38_143685_box_Incident_Summaries_173-233
Agency: Department of War
Page 105
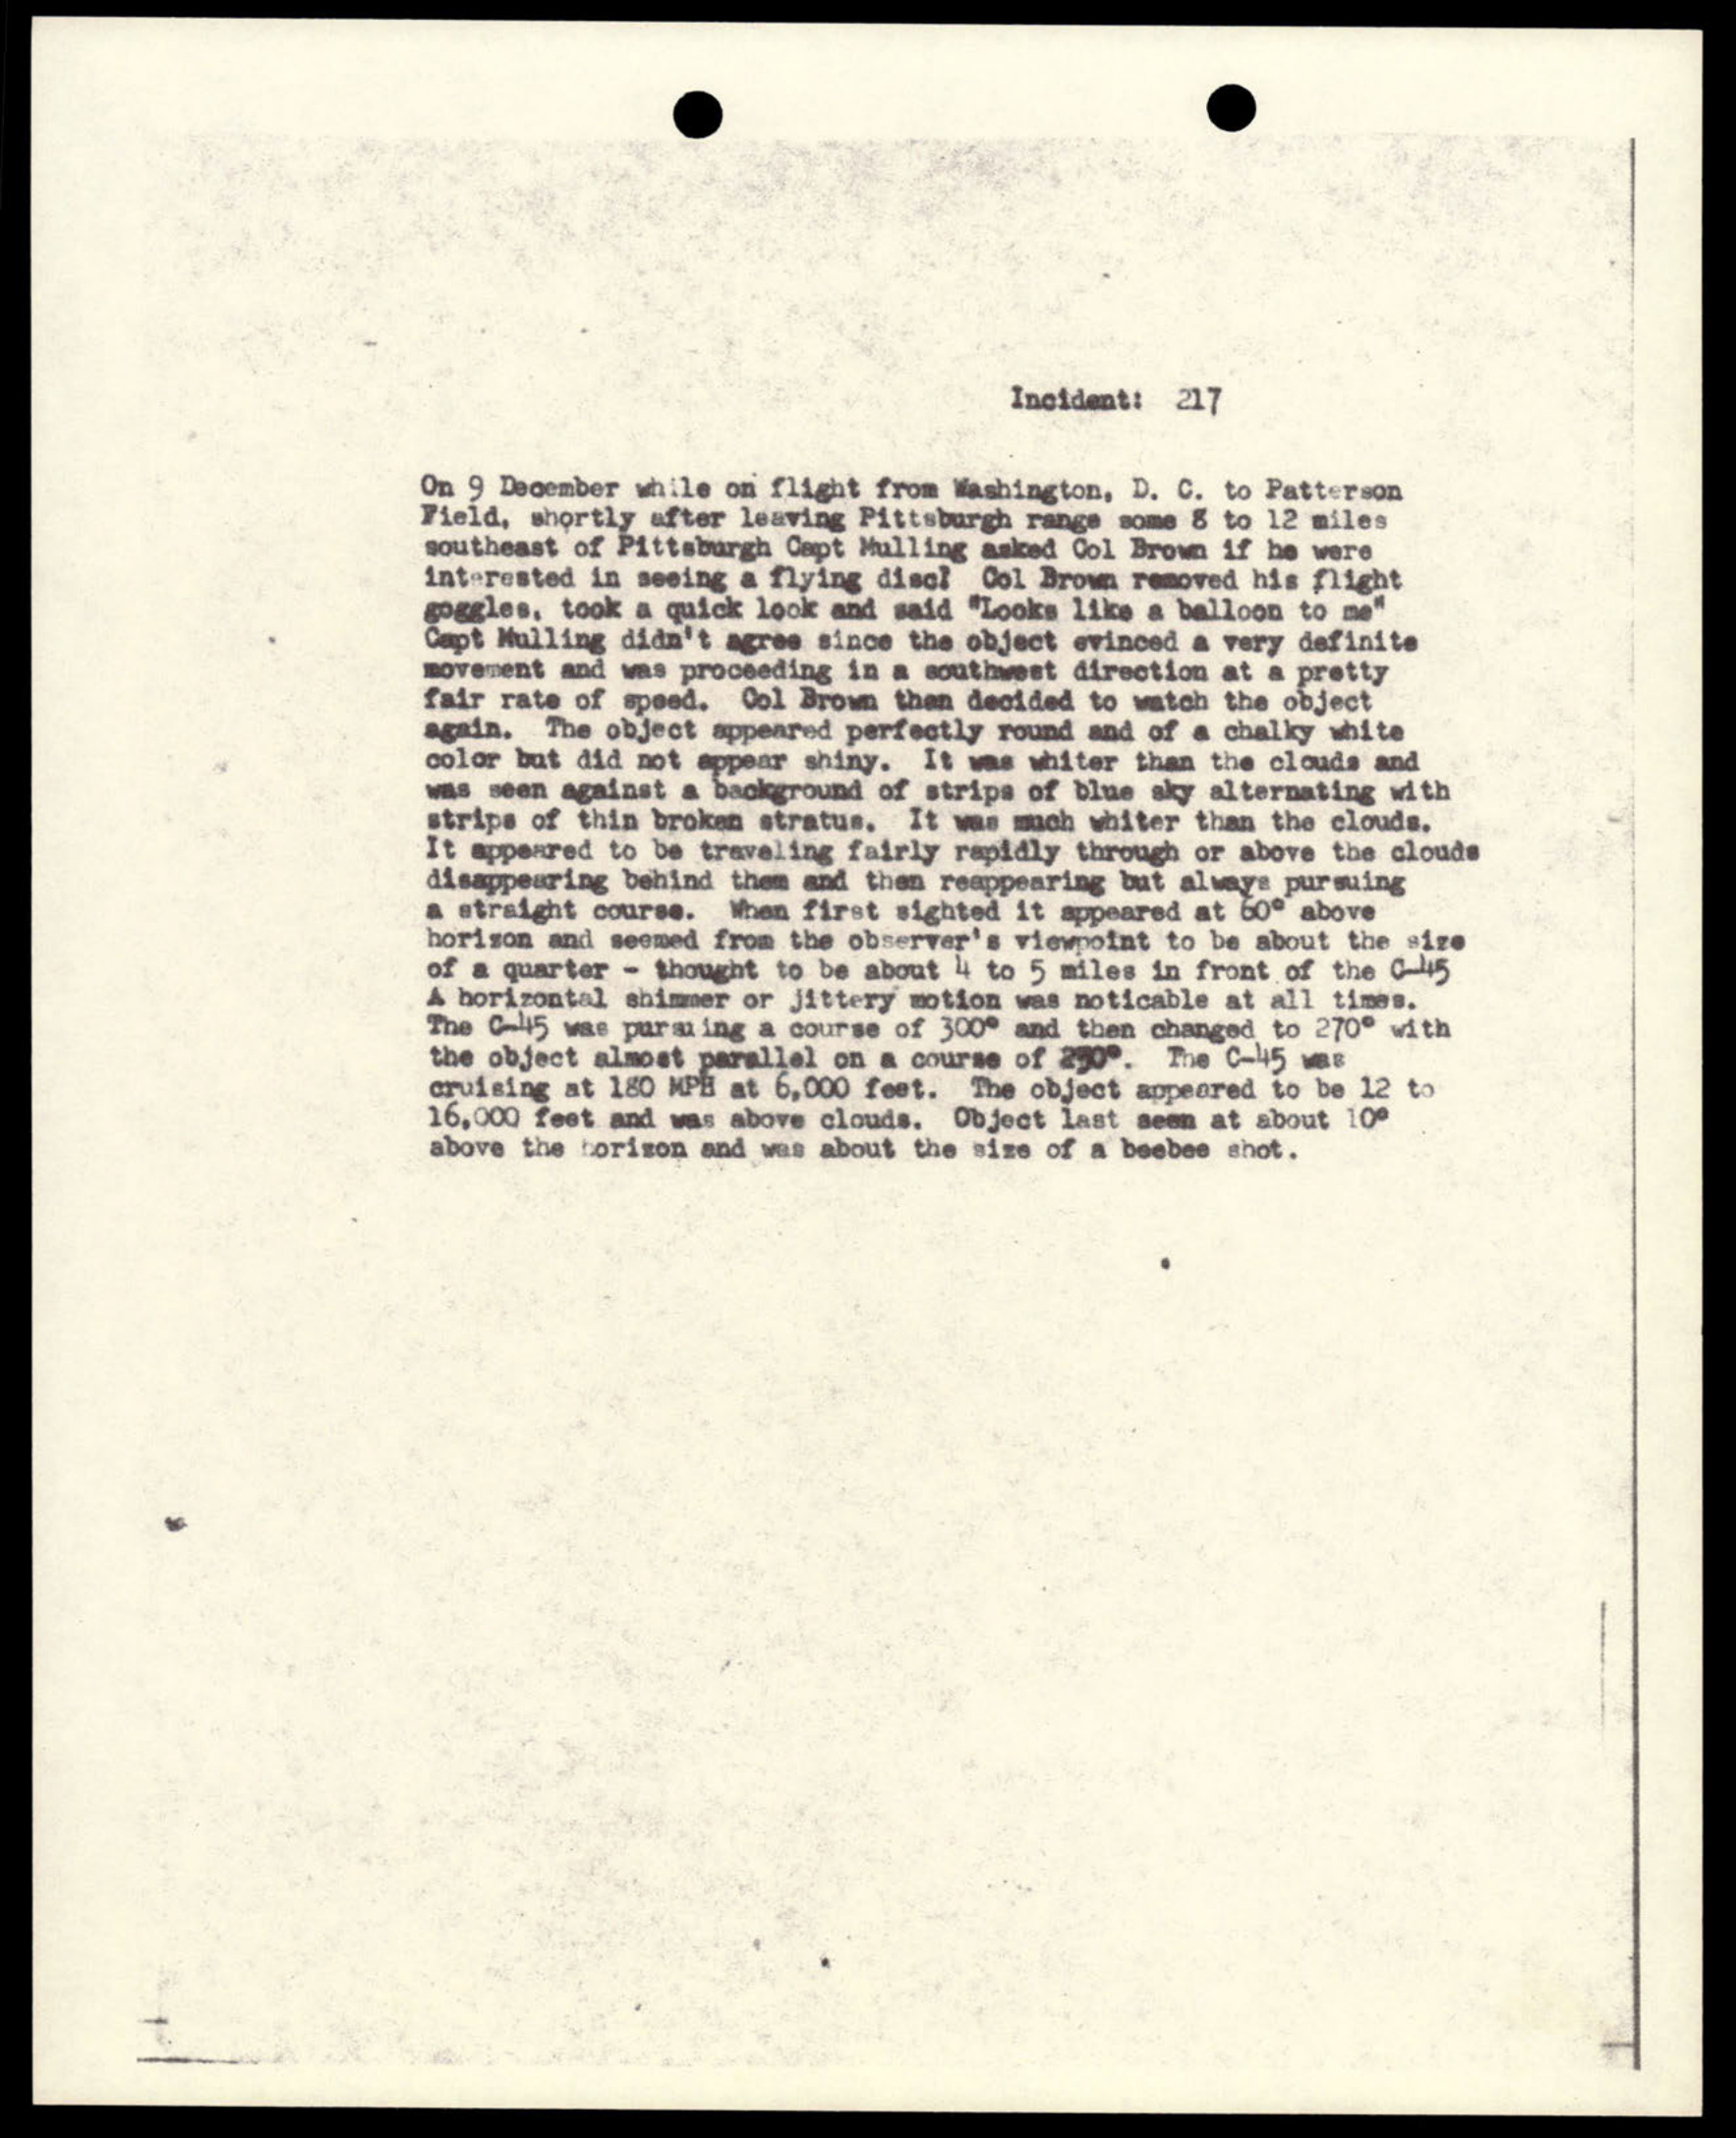